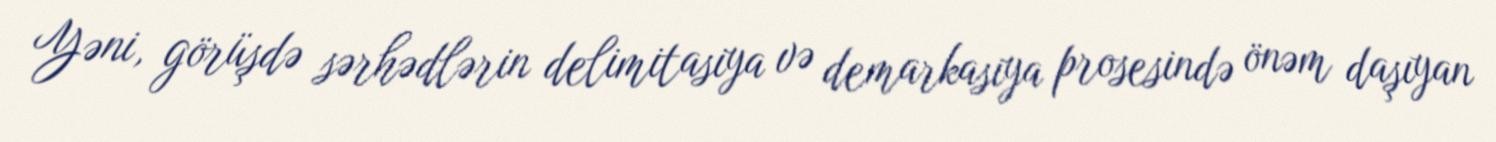
Yəni, görüşdə sərhədlərin delimitasiya və demarkasiya prosesində önəm daşıyan